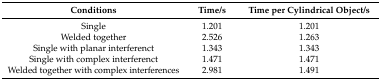
<table><thead><tr><td><b>Conditions</b></td><td><b>Time/s</b></td><td><b>Time per Cylindrical Object/s</b></td></tr></thead><tbody><tr><td>Single</td><td>1.201</td><td>1.201</td></tr><tr><td>Welded together</td><td>2.526</td><td>1.263</td></tr><tr><td>Single with planar interferenct</td><td>1.343</td><td>1.343</td></tr><tr><td>Single with complex interferenct</td><td>1.471</td><td>1.471</td></tr><tr><td>Welded together with complex interferences</td><td>2.981</td><td>1.491</td></tr></tbody></table>